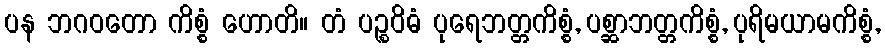
ပန ဘဂဝတော ကိစ္စံ ဟောတိ။ တံ ပဉ္စဝိဓံ ပုရေဘတ္တကိစ္စံ, ပစ္ဆာဘတ္တကိစ္စံ, ပုရိမယာမကိစ္စံ,